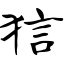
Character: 狺